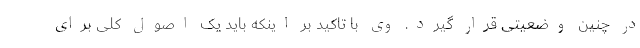
در چنین وضعیتی قرار گیرد. وی با تاکید بر اینکه باید یک اصول کلی برای